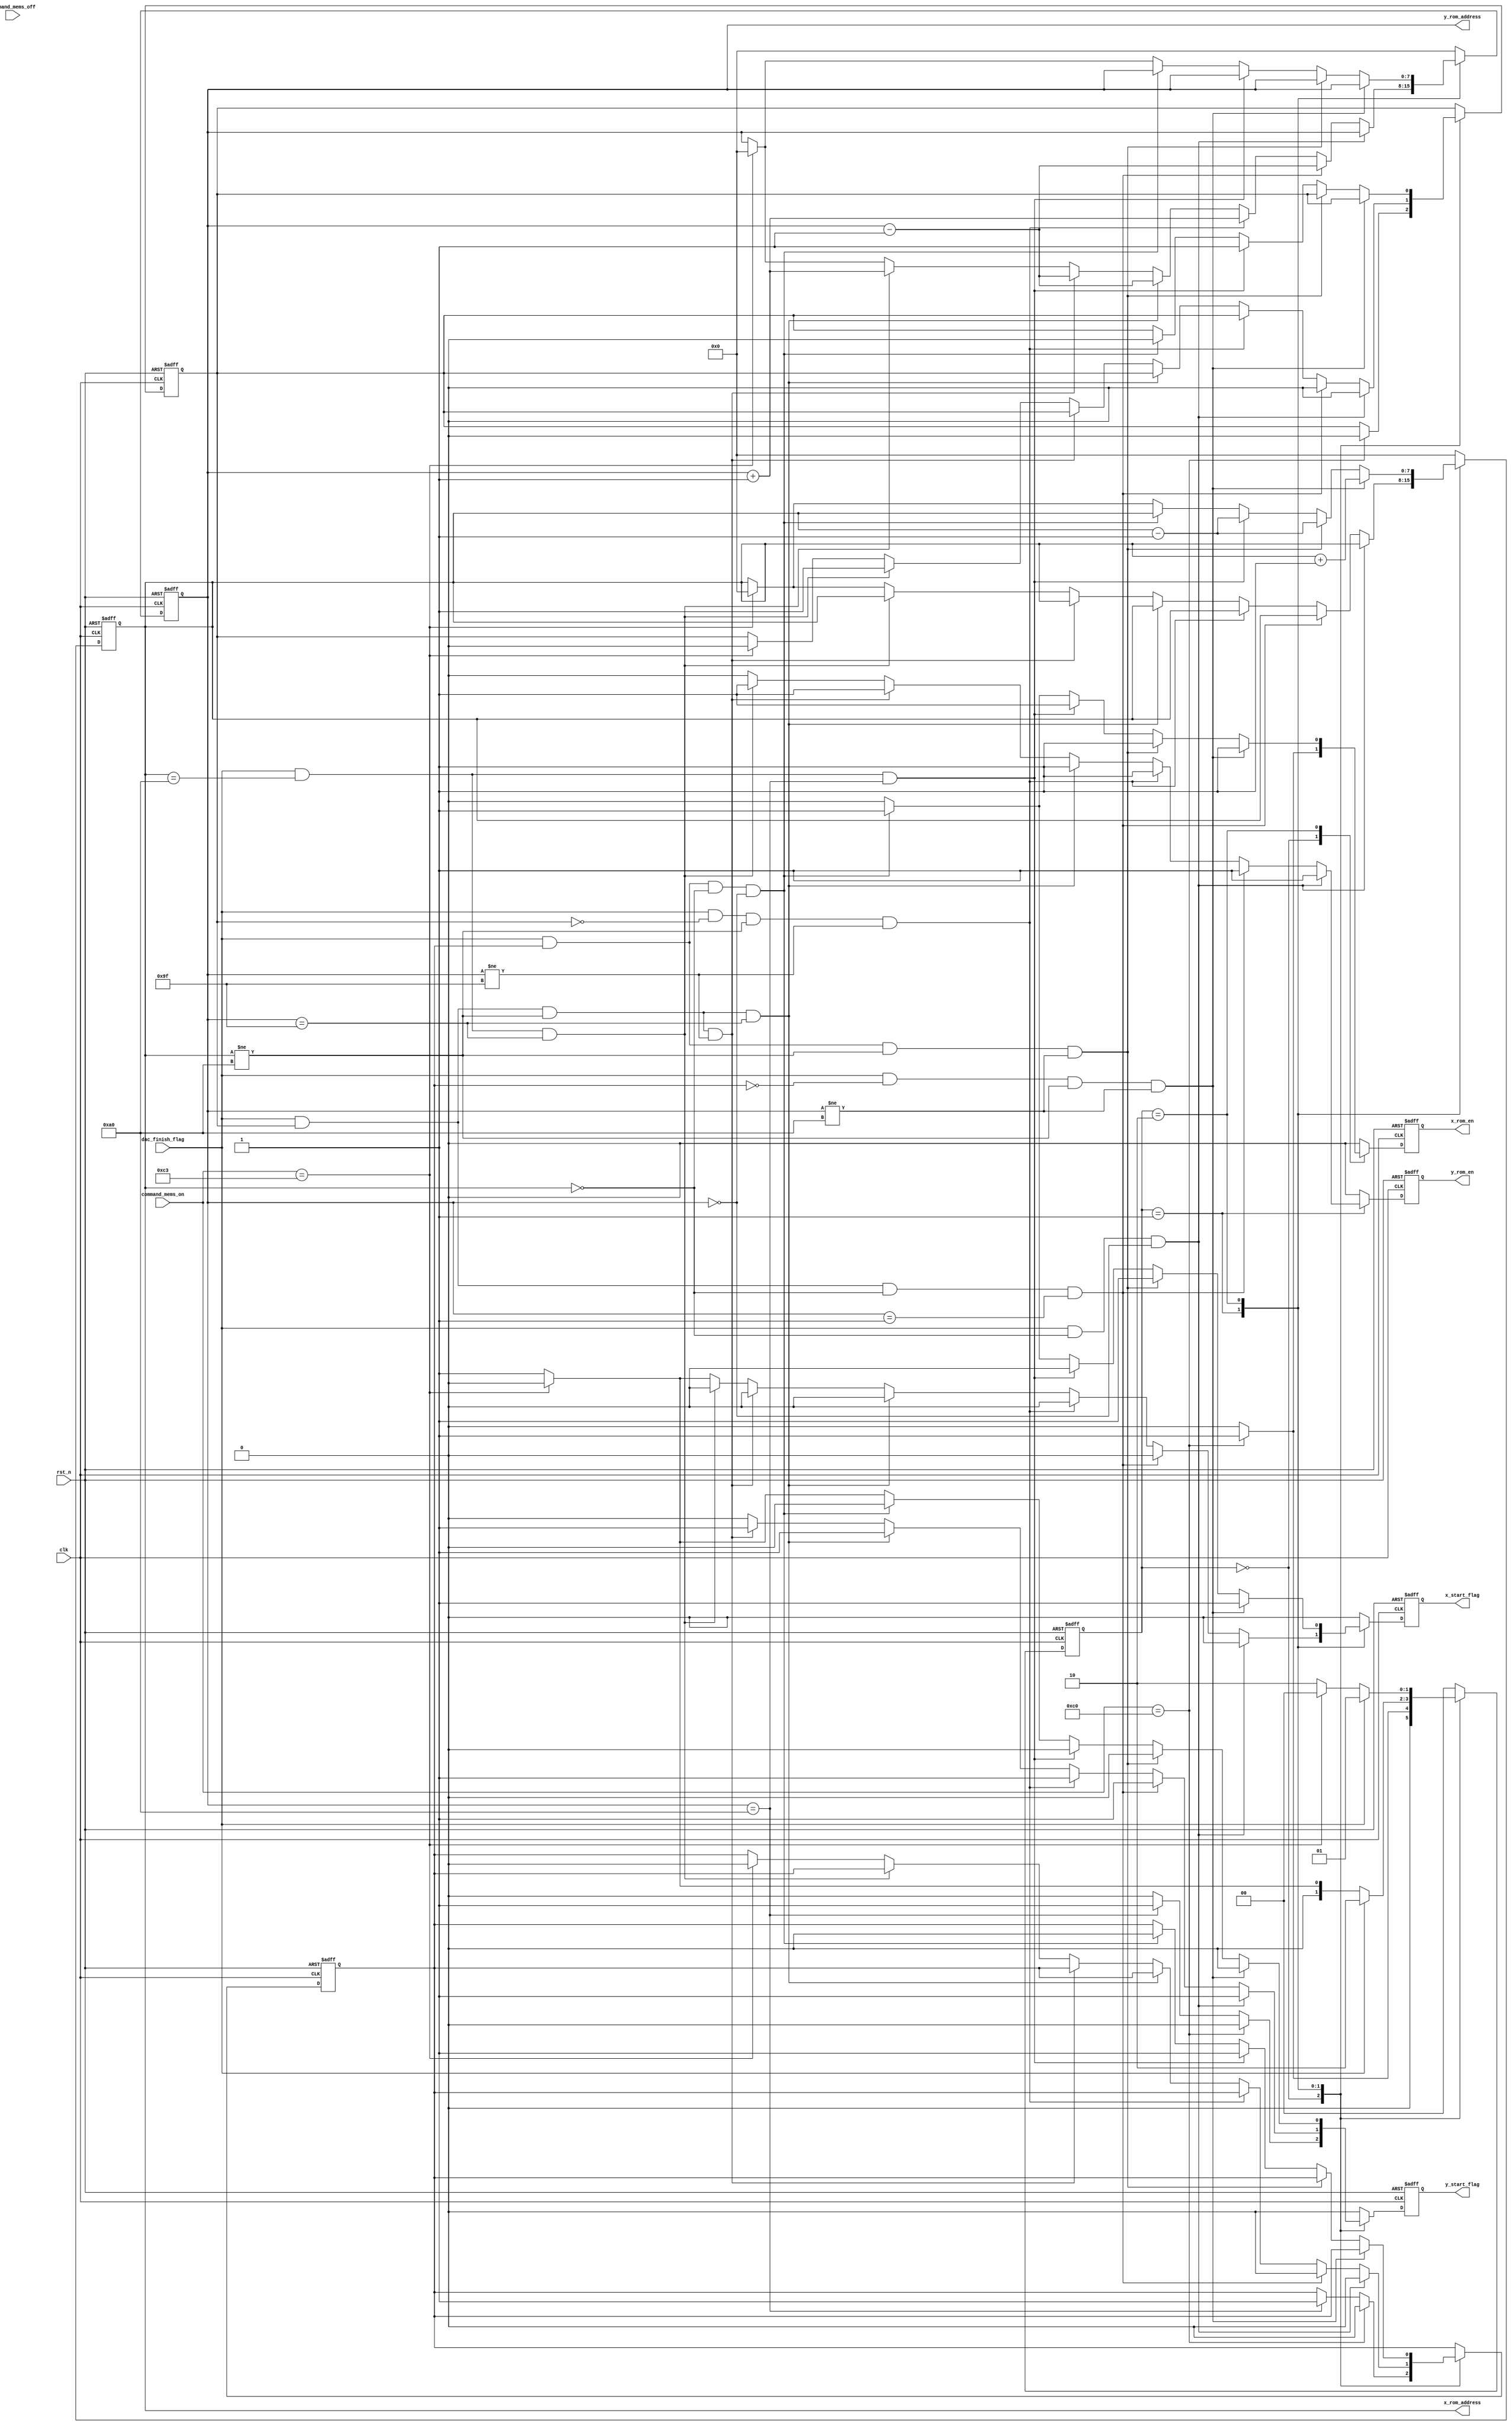
`timescale 1ns / 1ps
//////////////////////////////////////////////////////////////////////////////////
// Company: 
// Engineer: 
// 
// Design Name: 
// Module Name: arbi
// Project Name: 
// Target Devices: 
// Tool Versions: 
// Description: 
// 
// Dependencies: 
// 
// Revision:
// Revision 0.01 - File Created
// Additional Comments:
// 
//////////////////////////////////////////////////////////////////////////////////


module arbi(
 input rst_n,
 input clk,
 input dac_finish_flag,
 input  [7:0] command_mems_on,
 input  [7:0] command_mems_off,
 output  reg  [7:0]  x_rom_address=0, 
 output  reg  [7:0]  y_rom_address=0,  
 output reg          x_rom_en=0, 
 output reg          y_rom_en=0,
 output reg          x_start_flag=0, 
 output reg          y_start_flag=0 
    );
    
    localparam         IDLE=   2'd0; 
    localparam         wirte_x=2'd1; 
    localparam         wirte_y=2'd2; 
   reg [1:0] state=0;
   reg  x_axis_sub=0;
   reg  y_axis_sub=0;
      always@(posedge clk or negedge rst_n)//_
       begin
       if(!rst_n)    begin               
                      state<=IDLE;
                 end
       else begin
              case(state)
                      IDLE:     state<=(command_mems_on==8'hc0)?wirte_x:IDLE;
                      wirte_x: // if(dac_finish_flag&&x_rom_address<8'd160&&y_rom_address<8'd160)  state<=wirte_y; 
                      if(dac_finish_flag) state<=wirte_y; 
                      else if(command_mems_on==8'hC3)
                              state<=IDLE;
                      
                                 else  state<= wirte_x;
                                                   
                      wirte_y:  // if(dac_finish_flag&&x_rom_address<8'd160&&y_rom_address<8'd160)  state<=wirte_x;
                            if(dac_finish_flag)  state<=wirte_x;
                               // else if(dac_finish_flag&&x_rom_address==8'd160&&y_rom_address==8'd159)
                               //      state<=IDLE;
                           else if(command_mems_on==8'hC3)
                                          state<=IDLE;      
                               
                       else  state<= wirte_y;
                              
                default:                      state<= IDLE;
                 endcase
               end                       
       end     
    always @(posedge clk or negedge rst_n)
                begin
                if(!rst_n)
                   begin
                        x_rom_address<=0;
                        y_rom_address<=0;
                        x_rom_en<=0 ;      
                        y_rom_en<=0 ;      
                        x_start_flag<=0 ;  
                        y_start_flag<=0 ;
                          x_axis_sub <=0;
                           y_axis_sub<=0;
                           
                    end            
       else begin     case(state)
                     IDLE:  if(command_mems_on==8'hC0)
                     
                     begin      x_rom_address<=0;   
                                y_rom_address<=0;   
                                x_rom_en<=1 ;       
                                y_rom_en<=0 ;         
                                x_start_flag<=0 ;     
                                y_start_flag<=0 ;
                                  x_axis_sub <=0;
                                   y_axis_sub<=0;
                                
                                                                      
                     end
                       else if(y_rom_address==8'd160)
                          begin        x_rom_en<=0 ;
                                       y_rom_en<=0 ;
                                   x_start_flag<=0 ;      
                                   y_start_flag<=1 ;
                                   x_rom_address<=0;   
                                   y_rom_address<=0;             
                                     y_axis_sub<=1;
                                      x_axis_sub <=x_axis_sub;     end
                     
         
                     else begin   
                      x_rom_address<=0;   
                      y_rom_address<=0;   
                      x_rom_en<=0 ;       
                      y_rom_en<=0 ;       
                      x_start_flag<=0 ;   
                      y_start_flag<=0 ;   end
                     
                     wirte_x:     if(dac_finish_flag&&x_rom_address==8'd0&&y_rom_address==8'd0)
                                                                begin      x_rom_en<=0 ;
                                                                           y_rom_en<=1 ;
                                                                       x_start_flag<=0 ;      
                                                                       y_start_flag<=1 ;    
                                                                         y_axis_sub<=0;
                                                                         
                                                                          x_axis_sub <=0;        
                                                                       
                                                                                  end
                     
                     
                     
                     
                           else     if(dac_finish_flag&&x_axis_sub&&x_rom_address==8'd0&&y_rom_address==8'd1)
                                          begin      x_rom_en<=0 ;
                                                     y_rom_en<=1 ;
                                                 x_start_flag<=0 ;      
                                                 y_start_flag<=1 ;    
                                                   y_axis_sub<=0;
                                                    y_rom_address<=y_rom_address-1;
                                                    x_axis_sub <=0;        
                                                 
                                                            end
                     
                       else   if(dac_finish_flag&&!x_axis_sub&&x_rom_address!=8'd160&&y_rom_address!=8'd159)
                                                 begin      x_rom_en<=0 ;
                                                             y_rom_en<=1 ;
                                                             x_rom_address<=x_rom_address;   
                                                             y_rom_address<=y_rom_address+1'b1;  
                                                              x_start_flag<=0 ; 
                                                              y_start_flag<=1 ;                                           
                                                             end
                                                                     
                                             else if(dac_finish_flag&&x_axis_sub&&x_rom_address!=8'd160&&y_rom_address==8'd159)
                                              begin      x_rom_en<=0 ;
                                                          y_rom_en<=1 ;
                                                          x_rom_address<=x_rom_address;   
                                                          y_rom_address<=y_rom_address-1'b1;  
                                                           x_start_flag<=0 ; 
                                                           y_start_flag<=1 ;                                           
                                                          end                                       
                                        
                                                             
                        else if(dac_finish_flag&&x_axis_sub&&x_rom_address!=8'd160&&y_rom_address!=8'd159)
                         begin      x_rom_en<=0 ;
                                     y_rom_en<=1 ;
                                     x_rom_address<=x_rom_address;   
                                     y_rom_address<=y_rom_address-1'b1;  
                                      x_start_flag<=0 ; 
                                      y_start_flag<=1 ;                                           
                                     end       
                                                     
                     
        
                       else        if(dac_finish_flag&&x_rom_address==8'd160&&y_rom_address==8'd159)
                                   begin      x_rom_en<=0 ;
                                              y_rom_en<=1 ;
                                          x_start_flag<=0 ;      
                                          y_start_flag<=0 ;
                                          x_rom_address<=x_rom_address;   
                                          y_rom_address<=y_rom_address+1'b1;    
                                            y_axis_sub<=y_axis_sub;           
                                             x_axis_sub <=1;              end
                            
                            
                                 
                                 else if(  command_mems_on==8'hc3)       
                               begin         x_rom_address<=0;     
                                             y_rom_address<=0;  
                                             x_rom_en<=0 ;      
                                             y_rom_en<=0 ;      
                                             x_start_flag<=0 ;     
                                             y_start_flag<=0 ; 
                                               y_axis_sub<=0; 
                                                x_axis_sub <=0;        
                                                 end
                                 
                             else   begin 
                               x_rom_address<=x_rom_address;  
                               y_rom_address<=y_rom_address;  
                               x_rom_en<=0 ;      
                               y_rom_en<=0 ;      
                               x_start_flag<=1 ;  
                               y_start_flag<=0 ;  
                       end
                     wirte_y:             
                     
                     if(dac_finish_flag&&!y_axis_sub&&x_rom_address!=8'd160&&y_rom_address!=8'd160)
                                                                         begin      x_rom_en<=1 ;
                                                                                     y_rom_en<=0 ;
                                                                                     x_rom_address<=x_rom_address+1'b1;   
                                                                                     y_rom_address<=y_rom_address;  
                                                                                      x_start_flag<=1 ; 
                                                                                      y_start_flag<=0 ;                                           
                                                                                     end
                                                                             else    if(dac_finish_flag&&y_axis_sub&&x_rom_address!=8'd160&&y_rom_address!=8'd160)
                                                                          begin      x_rom_en<=1 ;
                                                                                      y_rom_en<=0 ;
                                                                                      x_rom_address<=x_rom_address-1'b1;   
                                                                                      y_rom_address<=y_rom_address;  
                                                                                       x_start_flag<=1 ; 
                                                                                       y_start_flag<=0 ;                                                                                                                            end          
                  
            
                
                     
                   else     if(dac_finish_flag&&x_rom_address==8'd160&&y_rom_address==8'd160)
                                                   begin      x_rom_en<=1 ;
                                                              y_rom_en<=0 ;
                                                          x_start_flag<=0 ;      
                                                          y_start_flag<=0 ;
                                                          x_rom_address<=x_rom_address-1;   
                                                          y_rom_address<=y_rom_address;   
                                                            y_axis_sub<=1; 
                                                             x_axis_sub <=1;                       end
                          else       if(dac_finish_flag&&y_axis_sub&&x_rom_address==8'd0&&y_rom_address==8'd0)
                                                             begin      x_rom_en<=1 ;
                                                                        y_rom_en<=0 ;
                                                                    x_start_flag<=1 ;      
                                                                    y_start_flag<=0 ;    
                                                                      y_axis_sub<=0; 
                                                                       x_axis_sub <=0;     
                                                                                                     end 
                                                                                
                               
                                       
                                                         else if(  command_mems_on==8'hc3)       
                                                                                        begin         x_rom_address<=0;     
                                                                                                      y_rom_address<=0;  
                                                                                                      x_rom_en<=0 ;      
                                                                                                      y_rom_en<=0 ;      
                                                                                                      x_start_flag<=0 ;     
                                                                                                      y_start_flag<=0 ;     end                
                                                    
                                                    else   begin 
                                                      x_rom_address<=x_rom_address;  
                                                      y_rom_address<=y_rom_address;  
                                                      x_rom_en<=0 ;      
                                                      y_rom_en<=0 ;      
                                                      x_start_flag<=0 ;  
                                                      y_start_flag<=1 ;  
                                              end
         
                    
             default:begin    
                        x_rom_address<=0;   
                        y_rom_address<=0;   
                        x_rom_en<=0 ;       
                        y_rom_en<=0 ;       
                        x_start_flag<=0 ;   
                        y_start_flag<=0 ;   
                      end
             endcase
           end
    
    
    end
    
    
    
    
endmodule